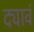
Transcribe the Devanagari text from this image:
द्यावं